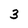
Character: 3